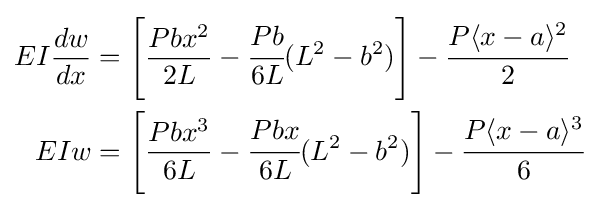
{\begin{aligned}EI{\dfrac {dw}{dx}}&=\left[{\dfrac {Pbx^{2}}{2L}}-{\cfrac {Pb}{6L}}(L^{2}-b^{2})\right]-{\cfrac {P\langle x-a\rangle ^{2}}{2}}\\EIw&=\left[{\dfrac {Pbx^{3}}{6L}}-{\cfrac {Pbx}{6L}}(L^{2}-b^{2})\right]-{\cfrac {P\langle x-a\rangle ^{3}}{6}}\end{aligned}}